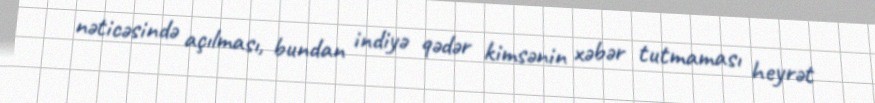
nəticəsində açılması, bundan indiyə qədər kimsənin xəbər tutmaması heyrət